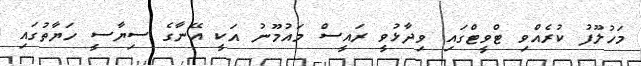
މަހުލޫފު ކުރެެއްވި ޓްވީޓްގައި ވިދާޅުވީ ރައީސް މައުމޫނު އަކީ އޭނާގެ ސިޔާސީ ހަޔާތުގައި